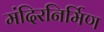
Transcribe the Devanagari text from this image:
मंदिरनिर्मिण